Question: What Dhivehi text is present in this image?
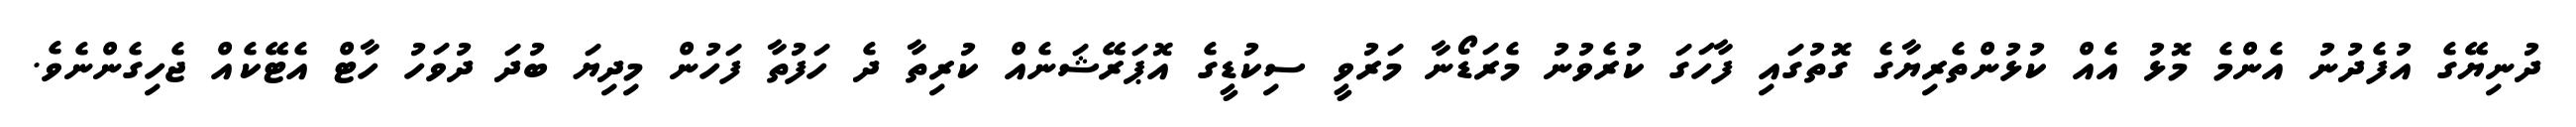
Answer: ދުނިޔޭގެ އުފެދުނު އެންމެ މޮޅު އެއް ކުޅުންތެރިޔާގެ ގޮތުގައި ފާހަގަ ކުރެވުނު މެރަޑޯނާ މަރުވީ ސިކުޑީގެ އޮޕަރޭޝަނެއް ކުރިތާ ދެ ހަފުތާ ފަހުން މިދިޔަ ބުދަ ދުވަހު ހާޓް އެޓޭކެއް ޖެހިގެންނެވެ.